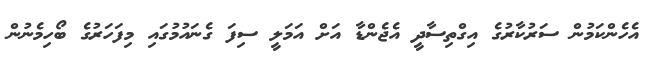
އެހެންކަމުން ސަރުކާރުގެ އިގްތިސާދީ އެޖެންޑާ އަށް އަމަލީ ސިފަ ގެނައުމުގައި މިފަހަރުގެ ބޯހިމެނުން